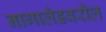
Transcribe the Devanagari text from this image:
नागालँडवरील